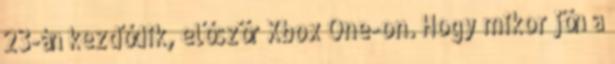
23-án kezdődik, először Xbox One-on. Hogy mikor jön a